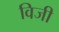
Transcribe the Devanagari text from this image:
विजी